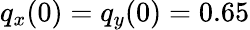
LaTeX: q_{x}(0)=q_{y}(0)=0.65